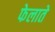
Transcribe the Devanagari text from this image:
फेलाते